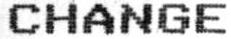
CHANGE